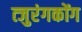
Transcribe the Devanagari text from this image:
त्जुरंगकोंग